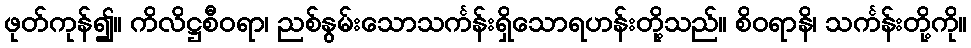
ဖုတ်ကုန်၍။ ကိလိဋ္ဌစီဝရာ၊ ညစ်နွမ်းသောသင်္ကန်းရှိသောရဟန်းတို့သည်။ စိဝရာနိ၊ သင်္ကန်းတို့ကို။